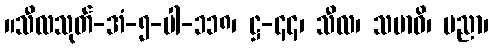
။သီလသုတ်-အံ-၅-ပါ-၁၁၈၊ ဋ္ဌ-၄၄၊ သီလ၊ သမာဓိ၊ ပညာ၊